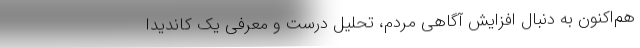
هم‌اکنون به دنبال افزایش آگاهی مردم، تحلیل درست و معرفی یک کاندیدا